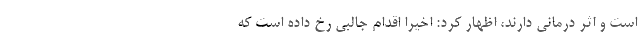
است و اثر درمانی دارند، اظهار کرد: اخیرا اقدام جالبی رخ داده است که